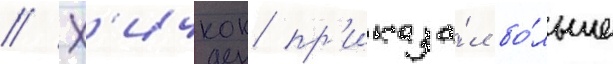
// Х'ичкок пр'иказа́л бо́льше